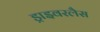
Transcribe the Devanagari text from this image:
ड्राइवरलैस